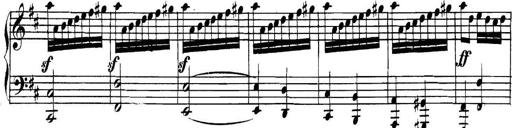
Title: Collected Piano Sonatas
Composer: Muzio Clementi